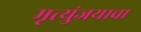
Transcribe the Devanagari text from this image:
मृत्युंजयाचा